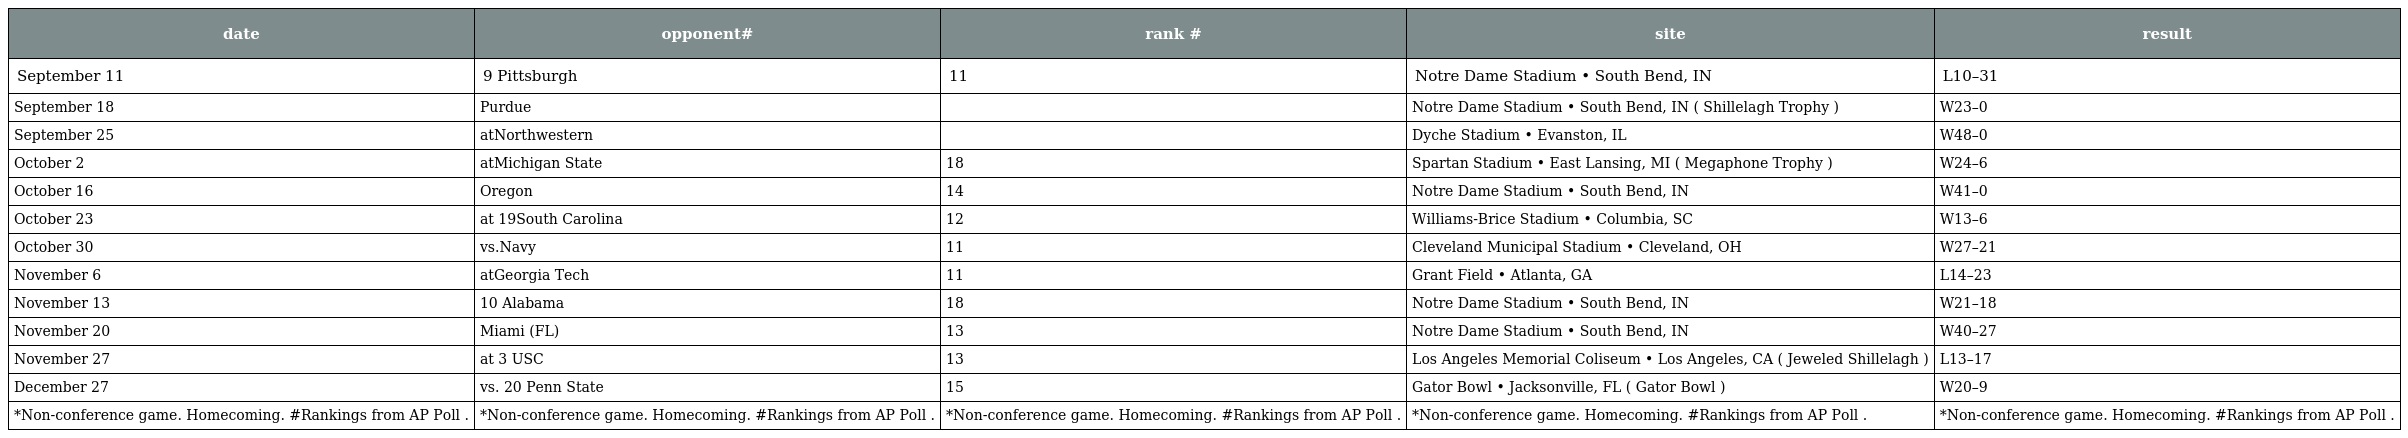
| date | opponent# | rank # | site | result |
 | --- | --- | --- | --- | --- |
 | September 11 | 9 Pittsburgh | 11 | Notre Dame Stadium • South Bend, IN | L10–31 |
 | September 18 | Purdue |  | Notre Dame Stadium • South Bend, IN ( Shillelagh Trophy ) | W23–0 |
 | September 25 | atNorthwestern |  | Dyche Stadium • Evanston, IL | W48–0 |
 | October 2 | atMichigan State | 18 | Spartan Stadium • East Lansing, MI ( Megaphone Trophy ) | W24–6 |
 | October 16 | Oregon | 14 | Notre Dame Stadium • South Bend, IN | W41–0 |
 | October 23 | at 19South Carolina | 12 | Williams-Brice Stadium • Columbia, SC | W13–6 |
 | October 30 | vs.Navy | 11 | Cleveland Municipal Stadium • Cleveland, OH | W27–21 |
 | November 6 | atGeorgia Tech | 11 | Grant Field • Atlanta, GA | L14–23 |
 | November 13 | 10 Alabama | 18 | Notre Dame Stadium • South Bend, IN | W21–18 |
 | November 20 | Miami (FL) | 13 | Notre Dame Stadium • South Bend, IN | W40–27 |
 | November 27 | at 3 USC | 13 | Los Angeles Memorial Coliseum • Los Angeles, CA ( Jeweled Shillelagh ) | L13–17 |
 | December 27 | vs. 20 Penn State | 15 | Gator Bowl • Jacksonville, FL ( Gator Bowl ) | W20–9 |
 | *Non-conference game. Homecoming. #Rankings from AP Poll . | *Non-conference game. Homecoming. #Rankings from AP Poll . | *Non-conference game. Homecoming. #Rankings from AP Poll . | *Non-conference game. Homecoming. #Rankings from AP Poll . | *Non-conference game. Homecoming. #Rankings from AP Poll . |